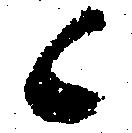
候